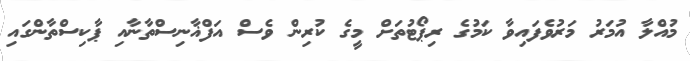
މުއްލާ އުމަރު މަރުވެފައިވާ ކަމުގެ ރިޕޯޓުތަށް މީގެ ކުރިން ވެސް އަފްޣާނިސްތާނާއި ޕާކިސްތާންގައި